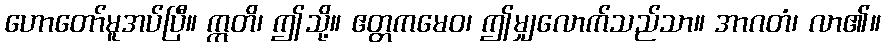
ဟောတော်မူအပ်ပြီ။ ဣတိ၊ ဤသို့။ ဧတ္တကမေဝ၊ ဤမျှလောက်သည်သာ။ အာဂတံ၊ လာ၏။